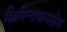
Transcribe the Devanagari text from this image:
क्रिस्चियानसेन